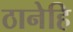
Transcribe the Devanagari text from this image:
ठानेहि